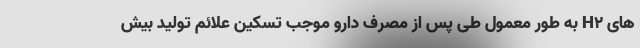
های H2 به طور معمول طی پس از مصرف دارو موجب تسکین علائم تولید بیش